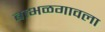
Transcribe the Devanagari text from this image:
बाभळगावला